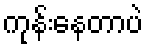
ကုန်းနေတာပဲ